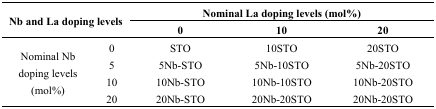
<table><thead><tr><td rowspan="2" colspan="2"><b>Nb and La doping levels</b></td><td colspan="3"><b>Nominal La doping levels (mol%)</b></td></tr><tr><td><b>0</b></td><td><b>10</b></td><td><b>20</b></td></tr></thead><tbody><tr><td rowspan="4">Nominal Nb doping levels (mol%)</td><td>0</td><td>STO</td><td>10STO</td><td>20STO</td></tr><tr><td>5</td><td>5Nb-STO</td><td>5Nb-10STO</td><td>5Nb-20STO</td></tr><tr><td>10</td><td>10Nb-STO</td><td>10Nb-10STO</td><td>10Nb-20STO</td></tr><tr><td>20</td><td>20Nb-STO</td><td>20Nb-20STO</td><td>20Nb-20STO</td></tr></tbody></table>